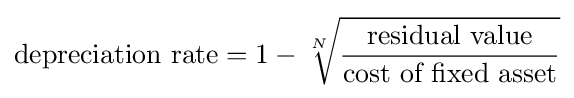
{\mbox{depreciation rate}}=1-{\sqrt[{N}]{{\mbox{residual value}} \over {\mbox{cost of fixed asset}}}}